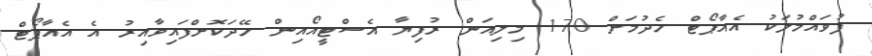
ފުވައްމުލަކު އެއާޕޯޓް ހެދުމަށް 170 މިލިއަން ރުފިޔާ އެސްޓީއޯއިން ހޭދަކޮށްފައިވާއިރު އެ އެއާޕޯޓް